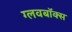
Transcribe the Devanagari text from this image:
ग्लवबॉक्स